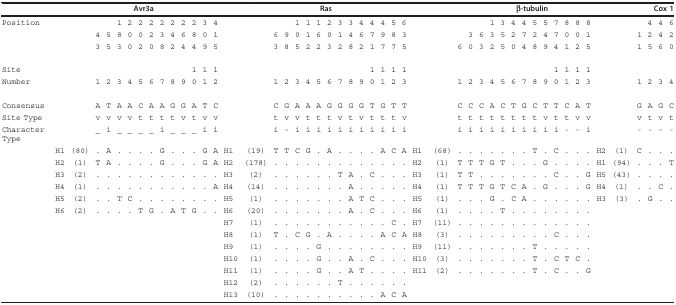
<table><thead><tr><td></td><td></td><td></td><td></td><td></td><td></td><td colspan="3"><b>Avr3a</b></td><td></td><td></td><td></td><td></td><td></td><td></td><td></td><td></td><td></td><td></td><td></td><td></td><td colspan="2"><b>Ras</b></td><td></td><td></td><td></td><td></td><td></td><td></td><td></td><td></td><td></td><td></td><td></td><td></td><td></td><td colspan="5"><b>β-tubulin</b></td><td></td><td></td><td></td><td></td><td></td><td></td><td colspan="4"><b>Cox 1</b></td></tr></thead><tbody><tr><td>Position</td><td></td><td></td><td></td><td></td><td>1</td><td>2</td><td>2</td><td>2</td><td>2</td><td>2</td><td>2</td><td>2</td><td>3</td><td>4</td><td></td><td></td><td></td><td></td><td>1</td><td>1</td><td>1</td><td>2</td><td>3</td><td>3</td><td>4</td><td>4</td><td>4</td><td>5</td><td>6</td><td></td><td></td><td></td><td></td><td></td><td>1</td><td>3</td><td>4</td><td>4</td><td>5</td><td>5</td><td>7</td><td>8</td><td>8</td><td>8</td><td></td><td></td><td></td><td>4</td><td>4</td><td>6</td></tr><tr><td></td><td></td><td></td><td>4</td><td>5</td><td>8</td><td>0</td><td>0</td><td>2</td><td>3</td><td>4</td><td>6</td><td>8</td><td>0</td><td>1</td><td></td><td></td><td>6</td><td>9</td><td>0</td><td>1</td><td>6</td><td>0</td><td>1</td><td>4</td><td>6</td><td>7</td><td>9</td><td>8</td><td>3</td><td></td><td></td><td></td><td>3</td><td>6</td><td>3</td><td>5</td><td>2</td><td>7</td><td>2</td><td>4</td><td>7</td><td>0</td><td>0</td><td>1</td><td></td><td></td><td>1</td><td>2</td><td>4</td><td>2</td></tr><tr><td></td><td></td><td></td><td>3</td><td>5</td><td>3</td><td>0</td><td>2</td><td>0</td><td>8</td><td>2</td><td>4</td><td>4</td><td>9</td><td>5</td><td></td><td></td><td>3</td><td>8</td><td>5</td><td>2</td><td>2</td><td>3</td><td>2</td><td>8</td><td>2</td><td>1</td><td>7</td><td>7</td><td>5</td><td></td><td></td><td>6</td><td>0</td><td>3</td><td>2</td><td>5</td><td>0</td><td>4</td><td>8</td><td>9</td><td>4</td><td>1</td><td>2</td><td>5</td><td></td><td></td><td>1</td><td>5</td><td>6</td><td>0</td></tr><tr><td>Site</td><td></td><td></td><td></td><td></td><td></td><td></td><td></td><td></td><td></td><td></td><td></td><td>1</td><td>1</td><td>1</td><td></td><td></td><td></td><td></td><td></td><td></td><td></td><td></td><td></td><td></td><td></td><td>1</td><td>1</td><td>1</td><td>1</td><td></td><td></td><td></td><td></td><td></td><td></td><td></td><td></td><td></td><td></td><td></td><td>1</td><td>1</td><td>1</td><td>1</td><td></td><td></td><td></td><td></td><td></td><td></td></tr><tr><td>Number</td><td></td><td></td><td>1</td><td>2</td><td>3</td><td>4</td><td>5</td><td>6</td><td>7</td><td>8</td><td>9</td><td>0</td><td>1</td><td>2</td><td></td><td></td><td>1</td><td>2</td><td>3</td><td>4</td><td>5</td><td>6</td><td>7</td><td>8</td><td>9</td><td>0</td><td>1</td><td>2</td><td>3</td><td></td><td></td><td>1</td><td>2</td><td>3</td><td>4</td><td>5</td><td>6</td><td>7</td><td>8</td><td>9</td><td>0</td><td>1</td><td>2</td><td>3</td><td></td><td></td><td>1</td><td>2</td><td>3</td><td>4</td></tr><tr><td>Consensus</td><td></td><td></td><td>A</td><td>T</td><td>A</td><td>A</td><td>C</td><td>A</td><td>A</td><td>G</td><td>G</td><td>A</td><td>T</td><td>C</td><td></td><td></td><td>C</td><td>G</td><td>A</td><td>A</td><td>A</td><td>G</td><td>G</td><td>G</td><td>G</td><td>T</td><td>G</td><td>T</td><td>T</td><td></td><td></td><td>C</td><td>C</td><td>C</td><td>A</td><td>C</td><td>T</td><td>G</td><td>C</td><td>T</td><td>T</td><td>C</td><td>A</td><td>T</td><td></td><td></td><td>G</td><td>A</td><td>G</td><td>C</td></tr><tr><td>Site Type</td><td></td><td></td><td>v</td><td>v</td><td>v</td><td>v</td><td>t</td><td>t</td><td>t</td><td>t</td><td>v</td><td>t</td><td>v</td><td>v</td><td></td><td></td><td>t</td><td>v</td><td>v</td><td>t</td><td>t</td><td>t</td><td>v</td><td>t</td><td>v</td><td>t</td><td>t</td><td>t</td><td>v</td><td></td><td></td><td>t</td><td>t</td><td>t</td><td>t</td><td>t</td><td>t</td><td>t</td><td>t</td><td>v</td><td>t</td><td>t</td><td>v</td><td>v</td><td></td><td></td><td>v</td><td>t</td><td>v</td><td>t</td></tr><tr><td>Character Type</td><td></td><td></td><td>_</td><td>i</td><td>_</td><td>_</td><td>_</td><td>_</td><td>i</td><td>_</td><td>_</td><td>_</td><td>i</td><td>i</td><td></td><td></td><td>i</td><td>-</td><td>i</td><td>i</td><td>i</td><td>i</td><td>i</td><td>i</td><td>i</td><td>i</td><td>i</td><td>i</td><td>i</td><td></td><td></td><td>i</td><td>i</td><td>i</td><td>i</td><td>i</td><td>i</td><td>i</td><td>i</td><td>i</td><td>i</td><td>-</td><td>-</td><td>i</td><td></td><td></td><td>-</td><td>-</td><td>-</td><td>-</td></tr><tr><td></td><td>H1</td><td>(80)</td><td>.</td><td>A</td><td>.</td><td>.</td><td>.</td><td>.</td><td>G</td><td>.</td><td>.</td><td>.</td><td>G</td><td>A</td><td>H1</td><td>(19)</td><td>T</td><td>T</td><td>C</td><td>G</td><td>.</td><td>A</td><td>.</td><td>.</td><td>.</td><td>.</td><td>A</td><td>C</td><td>A</td><td>H1</td><td>(68)</td><td>.</td><td>.</td><td>.</td><td>.</td><td>.</td><td>.</td><td>.</td><td>T</td><td>.</td><td>C</td><td>.</td><td>.</td><td>.</td><td>H2</td><td>(1)</td><td>C</td><td>.</td><td>.</td><td>.</td></tr><tr><td></td><td>H2</td><td>(1)</td><td>T</td><td>A</td><td>.</td><td>.</td><td>.</td><td>.</td><td>G</td><td>.</td><td>.</td><td>.</td><td>G</td><td>A</td><td>H2</td><td>(178)</td><td>.</td><td>.</td><td>.</td><td>.</td><td>.</td><td>.</td><td>.</td><td>.</td><td>.</td><td>.</td><td>.</td><td>.</td><td>.</td><td>H2</td><td>(1)</td><td>T</td><td>T</td><td>T</td><td>G</td><td>T</td><td>.</td><td>.</td><td>.</td><td>G</td><td>.</td><td>.</td><td>.</td><td>.</td><td>H1</td><td>(94)</td><td>.</td><td>.</td><td>.</td><td>T</td></tr><tr><td></td><td>H3</td><td>(2)</td><td>.</td><td>.</td><td>.</td><td>.</td><td>.</td><td>.</td><td>.</td><td>.</td><td>.</td><td>.</td><td>.</td><td>.</td><td>H3</td><td>(2)</td><td>.</td><td>.</td><td>.</td><td>.</td><td>.</td><td>.</td><td>T</td><td>A</td><td>.</td><td>C</td><td>.</td><td>.</td><td>.</td><td>H3</td><td>(1)</td><td>T</td><td>T</td><td>.</td><td>.</td><td>.</td><td>.</td><td>.</td><td>.</td><td>.</td><td>C</td><td>.</td><td>.</td><td>G</td><td>H5</td><td>(43)</td><td>.</td><td>.</td><td>.</td><td>.</td></tr><tr><td></td><td>H4</td><td>(1)</td><td>.</td><td>.</td><td>.</td><td>.</td><td>.</td><td>.</td><td>.</td><td>.</td><td>.</td><td>.</td><td>.</td><td>A</td><td>H4</td><td>(14)</td><td>.</td><td>.</td><td>.</td><td>.</td><td>.</td><td>.</td><td>.</td><td>A</td><td>.</td><td>.</td><td>.</td><td>.</td><td>.</td><td>H4</td><td>(1)</td><td>T</td><td>T</td><td>T</td><td>G</td><td>T</td><td>C</td><td>A</td><td>.</td><td>G</td><td>.</td><td>.</td><td>.</td><td>G</td><td>H4</td><td>(1)</td><td>.</td><td>.</td><td>C</td><td>.</td></tr><tr><td></td><td>H5</td><td>(2)</td><td>.</td><td>.</td><td>T</td><td>C</td><td>.</td><td>.</td><td>.</td><td>.</td><td>.</td><td>.</td><td>.</td><td>.</td><td>H5</td><td>(1)</td><td>.</td><td>.</td><td>.</td><td>.</td><td>.</td><td>.</td><td>.</td><td>A</td><td>T</td><td>C</td><td>.</td><td>.</td><td>.</td><td>H5</td><td>(1)</td><td>.</td><td>.</td><td>.</td><td>G</td><td>.</td><td>C</td><td>A</td><td>.</td><td>.</td><td>.</td><td>.</td><td>.</td><td>.</td><td>H3</td><td>(3)</td><td>.</td><td>G</td><td>.</td><td>.</td></tr><tr><td></td><td>H6</td><td>(2)</td><td>.</td><td>.</td><td>.</td><td>.</td><td>T</td><td>G</td><td>.</td><td>A</td><td>T</td><td>G</td><td>.</td><td>.</td><td>H6</td><td>(20)</td><td>.</td><td>.</td><td>.</td><td>.</td><td>.</td><td>.</td><td>.</td><td>A</td><td>.</td><td>C</td><td>.</td><td>.</td><td>.</td><td>H6</td><td>(1)</td><td>.</td><td>.</td><td>.</td><td>.</td><td>T</td><td>.</td><td>.</td><td>.</td><td>.</td><td>.</td><td>.</td><td>.</td><td>.</td><td></td><td></td><td></td><td></td><td></td><td></td></tr><tr><td></td><td></td><td></td><td></td><td></td><td></td><td></td><td></td><td></td><td></td><td></td><td></td><td></td><td></td><td></td><td>H7</td><td>(1)</td><td>.</td><td>.</td><td>.</td><td>.</td><td>.</td><td>.</td><td>.</td><td>.</td><td>.</td><td>.</td><td>.</td><td>C</td><td>.</td><td>H7</td><td>(11)</td><td>.</td><td>.</td><td>.</td><td>.</td><td>.</td><td>.</td><td>.</td><td>.</td><td>.</td><td>.</td><td>.</td><td>.</td><td>.</td><td></td><td></td><td></td><td></td><td></td><td></td></tr><tr><td></td><td></td><td></td><td></td><td></td><td></td><td></td><td></td><td></td><td></td><td></td><td></td><td></td><td></td><td></td><td>H8</td><td>(1)</td><td>T</td><td>.</td><td>C</td><td>G</td><td>.</td><td>A</td><td>.</td><td>.</td><td>.</td><td>.</td><td>A</td><td>C</td><td>A</td><td>H8</td><td>(3)</td><td>.</td><td>.</td><td>.</td><td>.</td><td>.</td><td>.</td><td>.</td><td>.</td><td>.</td><td>C</td><td>.</td><td>.</td><td>.</td><td></td><td></td><td></td><td></td><td></td><td></td></tr><tr><td></td><td></td><td></td><td></td><td></td><td></td><td></td><td></td><td></td><td></td><td></td><td></td><td></td><td></td><td></td><td>H9</td><td>(1)</td><td>.</td><td>.</td><td>.</td><td>.</td><td>G</td><td>.</td><td>.</td><td>.</td><td>.</td><td>.</td><td>.</td><td>.</td><td>.</td><td>H9</td><td>(11)</td><td>.</td><td>.</td><td>.</td><td>.</td><td>.</td><td>.</td><td>.</td><td>T</td><td>.</td><td>.</td><td>.</td><td>.</td><td>.</td><td></td><td></td><td></td><td></td><td></td><td></td></tr><tr><td></td><td></td><td></td><td></td><td></td><td></td><td></td><td></td><td></td><td></td><td></td><td></td><td></td><td></td><td></td><td>H10</td><td>(1)</td><td>.</td><td>.</td><td>.</td><td>.</td><td>G</td><td>.</td><td>.</td><td>A</td><td>.</td><td>C</td><td>.</td><td>.</td><td>.</td><td>H10</td><td>(3)</td><td>.</td><td>.</td><td>.</td><td>.</td><td>.</td><td>.</td><td>.</td><td>T</td><td>.</td><td>C</td><td>T</td><td>C</td><td>.</td><td></td><td></td><td></td><td></td><td></td><td></td></tr><tr><td></td><td></td><td></td><td></td><td></td><td></td><td></td><td></td><td></td><td></td><td></td><td></td><td></td><td></td><td></td><td>H11</td><td>(1)</td><td>.</td><td>.</td><td>.</td><td>.</td><td>G</td><td>.</td><td>.</td><td>A</td><td>T</td><td>.</td><td>.</td><td>.</td><td>.</td><td>H11</td><td>(2)</td><td>.</td><td>.</td><td>.</td><td>.</td><td>.</td><td>.</td><td>.</td><td>T</td><td>.</td><td>C</td><td>.</td><td>.</td><td>G</td><td></td><td></td><td></td><td></td><td></td><td></td></tr><tr><td></td><td></td><td></td><td></td><td></td><td></td><td></td><td></td><td></td><td></td><td></td><td></td><td></td><td></td><td></td><td>H12</td><td>(2)</td><td>.</td><td>.</td><td>.</td><td>.</td><td>.</td><td>.</td><td>T</td><td>.</td><td>.</td><td>.</td><td>.</td><td>.</td><td>.</td><td></td><td></td><td></td><td></td><td></td><td></td><td></td><td></td><td></td><td></td><td></td><td></td><td></td><td></td><td></td><td></td><td></td><td></td><td></td><td></td><td></td></tr><tr><td></td><td></td><td></td><td></td><td></td><td></td><td></td><td></td><td></td><td></td><td></td><td></td><td></td><td></td><td></td><td>H13</td><td>(10)</td><td>.</td><td>.</td><td>.</td><td>.</td><td>.</td><td>.</td><td>.</td><td>.</td><td>.</td><td>.</td><td>A</td><td>C</td><td>A</td><td></td><td></td><td></td><td></td><td></td><td></td><td></td><td></td><td></td><td></td><td></td><td></td><td></td><td></td><td></td><td></td><td></td><td></td><td></td><td></td><td></td></tr></tbody></table>